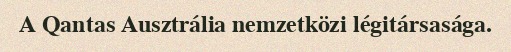
A Qantas Ausztrália nemzetközi légitársasága.